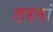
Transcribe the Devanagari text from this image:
ठरतां